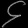
Digit: ၄